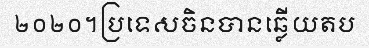
២០២០។ប្រទេសចិនបានឆ្លើយតប